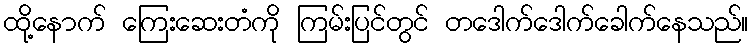
ထို့နောက် ကြေးဆေးတံကို ကြမ်းပြင်တွင် တဒေါက်ဒေါက်ခေါက်နေသည်။